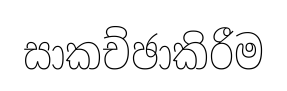
සාකච්ඡාකිරීම